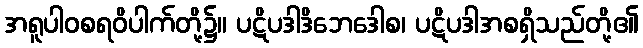
အရူပါဝစရဝိပါက်တို့၌။ ပဋိပဒါဒိဘေဒေါစ၊ ပဋိပဒါအစရှိသည်တို့၏